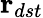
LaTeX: \textbf r_{dst}